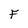
Character: F